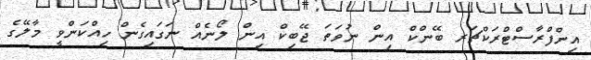
އިންފްރާސްޓްރަކްޗަރ ބޭންކް އިން ނުވަތަ ޖޭބިކް އިން ލޯނެއް ނަގައިގެން ހިއްކަންވީ މާލޭގެ